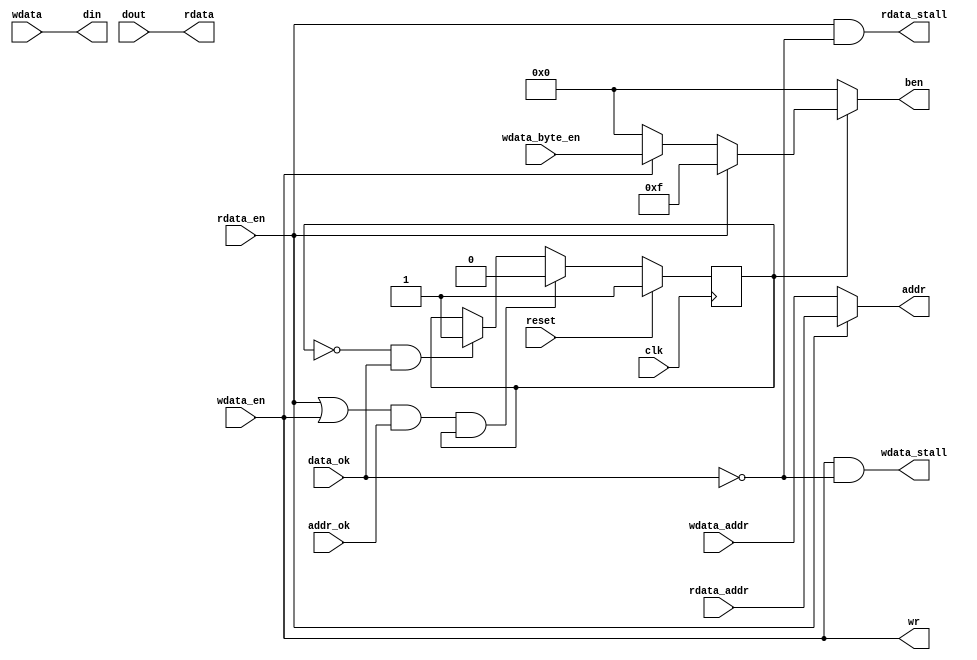
`timescale 1ns / 1ps
//////////////////////////////////////////////////////////////////////////////////
// Company: NJU
// Engineer: 
// 
// Design Name: 
// Module Name: 
// Project Name: 
// Target Devices: 
// Tool Versions: 
// Description: 
// 
// Dependencies: 
// 
// Revision:
// Revision 0.01 - File Created
// Additional Comments:
// 
//////////////////////////////////////////////////////////////////////////////////

module naive_to_sramlike(
    input clk,
    input reset,
    
    input wdata_en,
    input [31:0] wdata_addr,
    input [3:0] wdata_byte_en,
    input [31:0] wdata,
    output wdata_stall,
    
    input rdata_en,
    input [31:0] rdata_addr,
    output [31:0] rdata,
    output rdata_stall,

    output [31:0] addr,
    output [3:0] ben,
    output wr,
    input addr_ok,
    input data_ok,
    input [31:0] dout,
    output [31:0] din
    );
    
    assign addr = (rdata_en) ? rdata_addr : wdata_addr;
    assign din = wdata;
    assign rdata = dout;
    assign wdata_stall = wdata_en & (!data_ok);
    assign rdata_stall = rdata_en & (!data_ok);
    assign wr = wdata_en;
    
    reg [3:0] temp_en;
    reg idle;
    always @ (*) begin
        if(rdata_en)
            temp_en = 4'b1111;
        else if(wdata_en)
            temp_en = wdata_byte_en;
        else
            temp_en = 4'b0000;
    end
    always @ (posedge clk) begin
        if(reset) begin
            idle <= 1;
        end
        else if(( ( rdata_en | wdata_en ) & addr_ok ) & idle)
            idle <= 0;
        else if( (!idle) & data_ok )
            idle <= 1;
    end
    assign ben = idle ? temp_en : 4'b0000;
    
endmodule